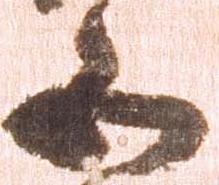
五